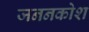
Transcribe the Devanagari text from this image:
जननकोश